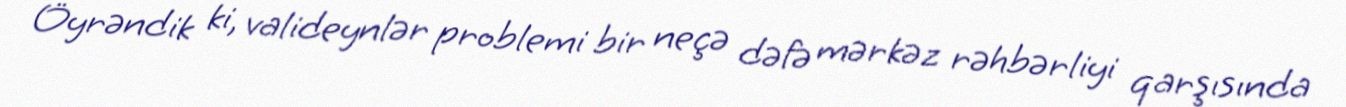
Öyrəndik ki, valideynlər problemi bir neçə dəfə mərkəz rəhbərliyi qarşısında